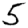
Digit: 5